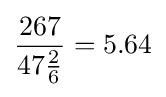
{\frac {267}{47{\frac {2}{6}}}}=5.64